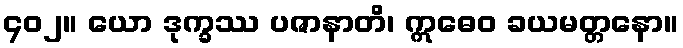
၄၀၂။ ယော ဒုက္ခဿ ပဇာနာတိ၊ ဣဓေဝ ခယမတ္တနော။